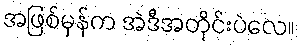
အဖြစ်မှန်က အဲဒီအတိုင်းပဲလေ။